Lunatic asylums Central Provinces reports 1895-1909 - 1895-1909
Year: 1895
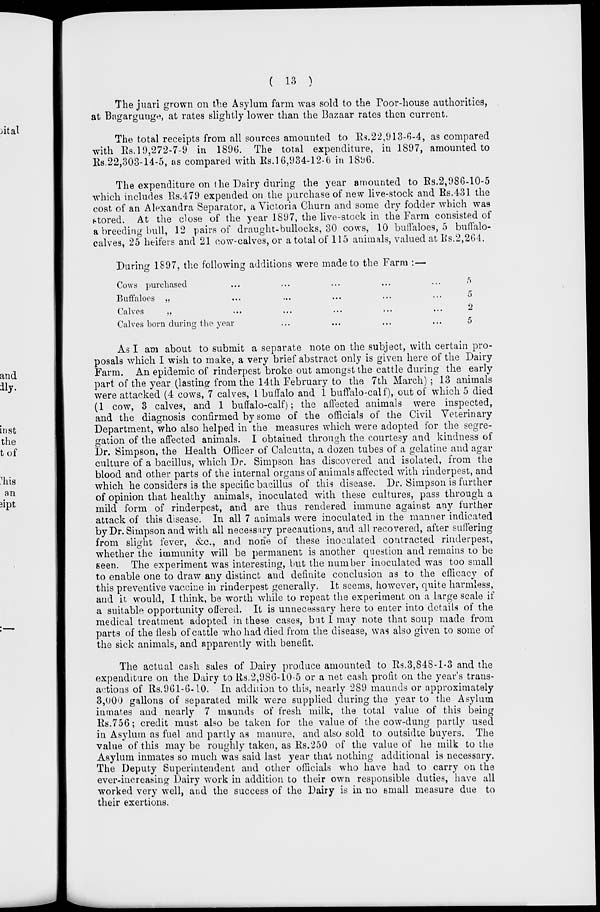
( 13 )
The juari grown on the Asylum farm was sold to the Poor-house authorities,
at Bagargunge, at rates slightly lower than the Bazaar rates then current.
The total receipts from all sources amounted to Rs.22,913-6-4, as compared
with Rs.19,272-7-9 in 1896. The total expenditure, in 1897, amounted to
Rs.22,303-14-5, as compared with Rs.16,934-12-6 in 1896.
The expenditure on the Dairy during the year amounted to Rs.2,986-10-5
which includes Rs.479 expended on the purchase of new live-stock and Rs.431 the
cost of an Alexandra Separator, a Victoria Churn and some dry fodder which was
stored. At the close of the year 1897, the live-stock in the Farm consisted of
a breeding bull, 12 pairs of draught-bullocks, 30 cows, 10 buffaloes, 5 buffalo-
calves, 25 heifers and 21 cow-calves, or a total of 115 animals, valued at Rs.2,264.
During 1897, the following additions were made to the Farm : —
Cows purchased
...
...
...
Buffaloes
„
...
...
...
...
Calves
„
...
...
...
...
Calves born during the year ... ...
5
5
2
5
As I am about to submit a separate note on the subject, with certain pro-
posals which I wish to make, a very brief abstract only is given here of the Dairy
Farm. An epidemic of rinderpest broke out amongst the cattle during the early
part of the year (lasting from the 14th February to the 7th March) ; 13 animals
were attacked (4 cows, 7 calves, 1 buffalo and 1 buffalo-calf), out of which 5 died
(1 cow, 3 calves, and 1 buffalo-calf ); the affected animals were inspected,
and the diagnosis confirmed by some of the officials of the Civil Veterinary
Department, who also helped in the measures which were adopted for the segre-
gation of the affected animals. I obtained through the courtesy and kindness of
Dr. Simpson, the Health Officer of Calcutta, a dozen tubes of a gelatine and agar
culture of a bacillus, which Dr. Simpson has discovered and isolated, from the
blood and other parts of the internal organs of animals affected with rinderpest, and
which he considers is the specific bacillus of this disease. Dr. Simpson is further
of opinion that healthy animals, inoculated with these cultures, pass through a
mild form of rinderpest, and are thus rendered immune against any further
attack of this disease. In all 7 animals were inoculated in the manner indicated
by Dr. Simpson and with all necessary precautions, and all recovered, after suffering
from slight fever, &c, and none of these inoculated contracted rinderpest,
whether the immunity will be permanent is another question and remains to be
seen. The experiment was interesting, but the number inoculated was too small
to enable one to draw any distinct and definite conclusion as to the efficacy of
this preventive vaccine in rinderpest generally. It seems, however, quite harmless,
and it would, I think, be worth while to repeat the experiment on a large scale if
a suitable opportunity offered. It is unnecessary here to enter into details of the
medical treatment adopted in these cases, but I may note that soup made from
parts of the flesh of cattle who had died from the disease, was also given to some of
the sick animals, and apparently with benefit.
The actual cash sales of Dairy produce amounted to Rs.3,848-1-3 and the
expenditure on the Dairy to Rs.2,986-10-5 or a net cash profit on the year's trans-
actions of Rs.961-6-10. In addition to this, nearly 289 maunds or approximately
3,000 gallons of separated milk were supplied during the year to the Asylum
inmates and nearly 7 maunds of fresh milk, the total value of this being
Rs.756; credit must also be taken for the value of the cow-dung partly used
in Asylum as fuel and partly as manure, and also sold to outsidte buyers. The
value of this may be roughly taken, as Rs.250 of the value of he milk to the
Asylum inmates so much was said last year that nothing additional is necessary.
The Deputy Superintendent and other officials who have had to carry on the
ever-increasing Dairy work in addition to their own responsible duties, have all
worked very well, and the success of the Dairy is in no small measure due to
their exertions.